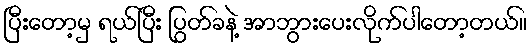
ပြီးတော့မှ ရယ်ပြီး ပြွတ်ခနဲ့ အာဘွားပေးလိုက်ပါတော့တယ်။